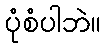
ပုံစံပါဘဲ။